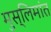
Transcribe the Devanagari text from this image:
मुस्लिमांत